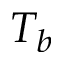
T _ { b }